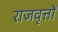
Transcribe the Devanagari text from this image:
राजवृत्तों